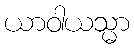
ယာဝါယသ္မာ